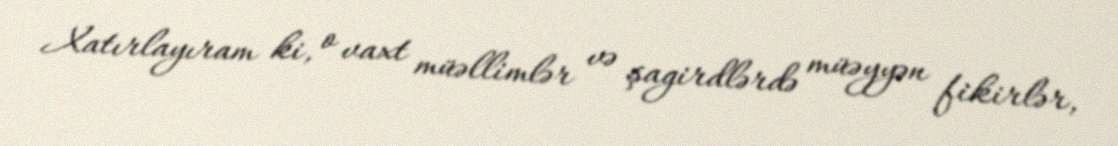
Xatırlayıram ki, o vaxt müəllimlər və şagirdlərdə müəyyən fikirlər,